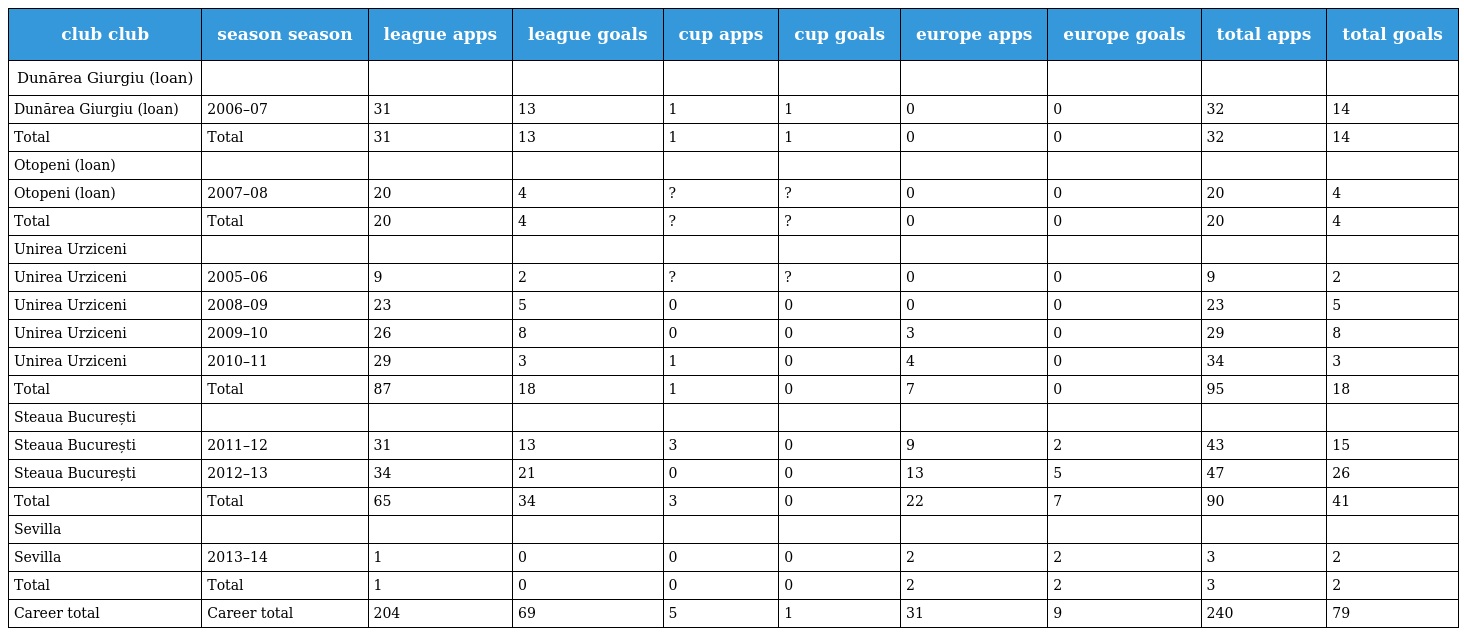
| club club | season season | league apps | league goals | cup apps | cup goals | europe apps | europe goals | total apps | total goals |
 | --- | --- | --- | --- | --- | --- | --- | --- | --- | --- |
 | Dunărea Giurgiu (loan) |  |  |  |  |  |  |  |  |  |
 | Dunărea Giurgiu (loan) | 2006–07 | 31 | 13 | 1 | 1 | 0 | 0 | 32 | 14 |
 | Total | Total | 31 | 13 | 1 | 1 | 0 | 0 | 32 | 14 |
 | Otopeni (loan) |  |  |  |  |  |  |  |  |  |
 | Otopeni (loan) | 2007–08 | 20 | 4 | ? | ? | 0 | 0 | 20 | 4 |
 | Total | Total | 20 | 4 | ? | ? | 0 | 0 | 20 | 4 |
 | Unirea Urziceni |  |  |  |  |  |  |  |  |  |
 | Unirea Urziceni | 2005–06 | 9 | 2 | ? | ? | 0 | 0 | 9 | 2 |
 | Unirea Urziceni | 2008–09 | 23 | 5 | 0 | 0 | 0 | 0 | 23 | 5 |
 | Unirea Urziceni | 2009–10 | 26 | 8 | 0 | 0 | 3 | 0 | 29 | 8 |
 | Unirea Urziceni | 2010–11 | 29 | 3 | 1 | 0 | 4 | 0 | 34 | 3 |
 | Total | Total | 87 | 18 | 1 | 0 | 7 | 0 | 95 | 18 |
 | Steaua București |  |  |  |  |  |  |  |  |  |
 | Steaua București | 2011–12 | 31 | 13 | 3 | 0 | 9 | 2 | 43 | 15 |
 | Steaua București | 2012–13 | 34 | 21 | 0 | 0 | 13 | 5 | 47 | 26 |
 | Total | Total | 65 | 34 | 3 | 0 | 22 | 7 | 90 | 41 |
 | Sevilla |  |  |  |  |  |  |  |  |  |
 | Sevilla | 2013–14 | 1 | 0 | 0 | 0 | 2 | 2 | 3 | 2 |
 | Total | Total | 1 | 0 | 0 | 0 | 2 | 2 | 3 | 2 |
 | Career total | Career total | 204 | 69 | 5 | 1 | 31 | 9 | 240 | 79 |